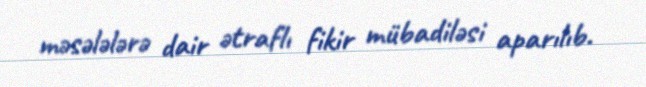
məsələlərə dair ətraflı fikir mübadiləsi aparılıb.